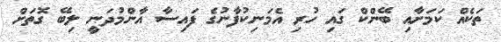
ތަކެއް ކަމަށާއި ބޭންކް ގައި ހުރި އެމަނިކުފާނުގެެ ފައިސާ އާންމުދަނީ ލިބޭ ގޮތަށް